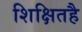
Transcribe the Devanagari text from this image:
शिक्षितहै